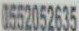
0552052633